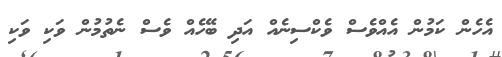
އެހެން ކަމުން އެއްވެސް ވެކްސިނެއް އަދި ބޭހެއް ވެސް ނެތުމުން ވަކި ވަކި